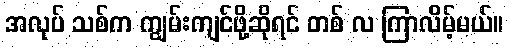
အလုပ် သစ်က ကျွမ်းကျင်ဖို့ဆိုရင် တစ် လ ကြာလိမ့်မယ်။